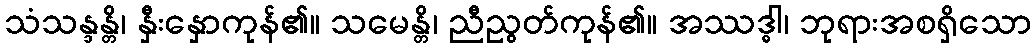
သံသန္ဒန္တိ၊ နှီးနှောကုန်၏။ သမေန္တိ၊ ညီညွတ်ကုန်၏။ အဿဒ္ဓါ၊ ဘုရားအစရှိသော